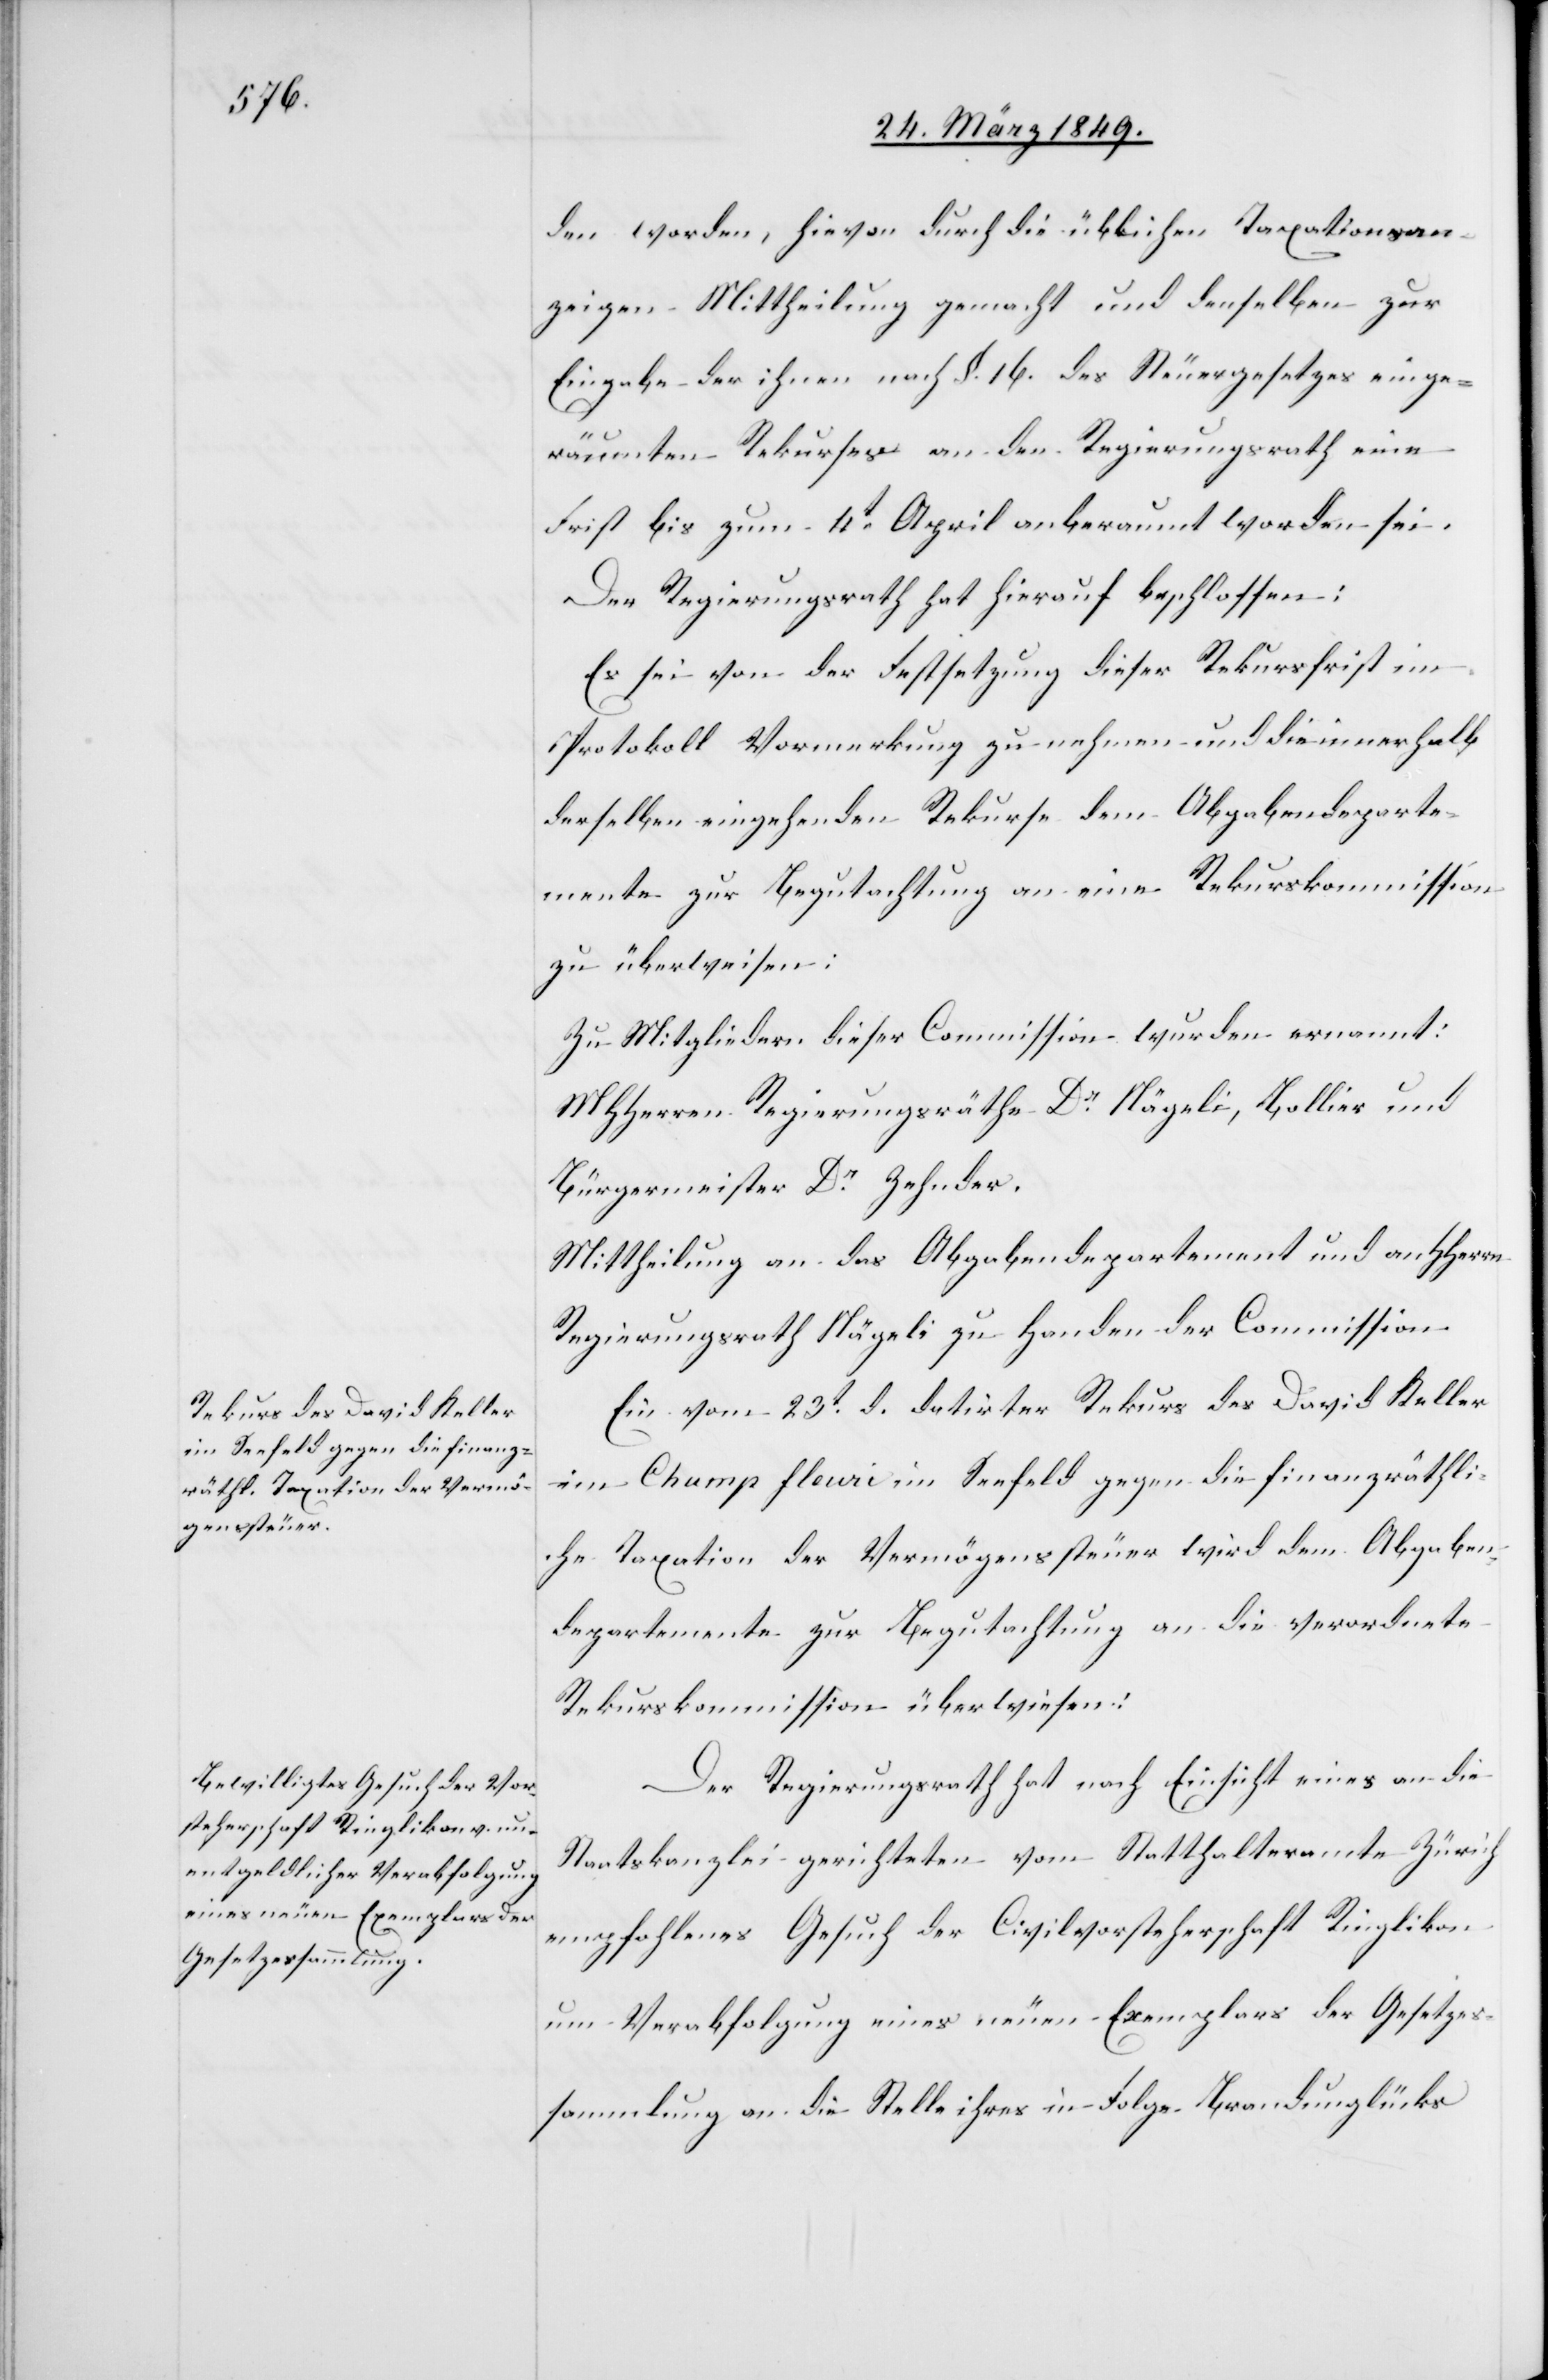
en worden, hievon durch die üblichen Taxationsan¬
zeigen Mittheilung gemacht und denselben zur
Eingabe der [sic!] ihnen nach §. 16. des Steuergesetzes einge¬
räumten Rekurses an den Regierungsrath eine
Frist bis zum 4t. April anberaumt worden sei.
Der Regierungsrath hat hierauf beschlossen:
Es sei von der Festsetzung dieser Rekursfrist im
Protokoll Vormerkung zu nehmen und die innerhalb
derselben eingehenden Rekurse dem Abgabendeparte¬
mente zur Begutachtung an eine Rekurskommission
zu überweisen:
Zu Mitgliedern dieser Commission wurden ernannt:
MHHerren Regierungsräthe Dr. Nägeli, Bollier und
Bürgermeister Dr. Zehnder.
Mittheilung an das Abgabendepartement und an HHerrn
Regierungsrath Nägeli zu Handen der Commission[.]
Ein vom 23t. d. datirter Rekurs des David Keller
im Chump fleuri imSeefeld gegen die finanzräthli¬
che Taxation der Vermögenssteuer wird dem Abgaben¬
departemente zur Begutachtung an die verordnete
Rekurskommisson überwiesen:
Der Regierungsrath hat nach Einsicht eines an die
Staatskanzlei gerichteten vom Statthalteramte Zürich
empfohlenes Gesuch der Civilvorsteherschaft Ringlikom
um Verabfolgung eines neuen Exemplars der Gesetzes¬
sammlung an die Stelle ihres in Folge Brandunglücks